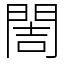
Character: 䦖